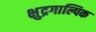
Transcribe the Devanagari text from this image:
क्षुद्रगाल्पिक